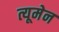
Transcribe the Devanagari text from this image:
त्यूमेन